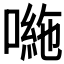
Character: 𭊠